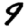
Digit: 9